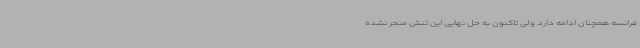
فرانسه همچنان ادامه دارد ولی تاکنون به حل نهایی این تنش منجر نشده